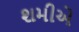
શમીએ